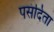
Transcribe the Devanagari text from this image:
पसंदिता